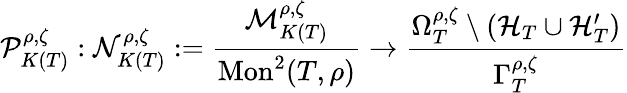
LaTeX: \mathcal{P}_{K(T)}^{\rho,\zeta}:\mathcal{N}_{K(T)}^{\rho,\zeta}:=\frac{\mathcal{M}_{K(T)}^{\rho,\zeta}}{\mathrm{Mon}^{2}(T,\rho)}\to\frac{\Omega_{T}^{\rho,\zeta}\setminus\left(\mathcal{H}_{T}\cup\mathcal{H}_{T}^{\prime}\right)}{\Gamma_{T}^{\rho,\zeta}}